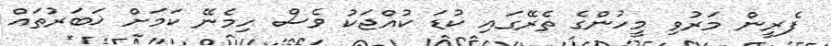
ފެރީން މަރުވި މީހުންގެ ތެރޭގައި ކުޑަ ކުއްޖަކު ވެސް ހިމެނޭ ކަމަށް ޚަބަރުތައް